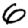
Digit: 6